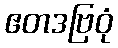
ဧတဒဗြဝုံ